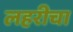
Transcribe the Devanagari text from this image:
लहरीचा